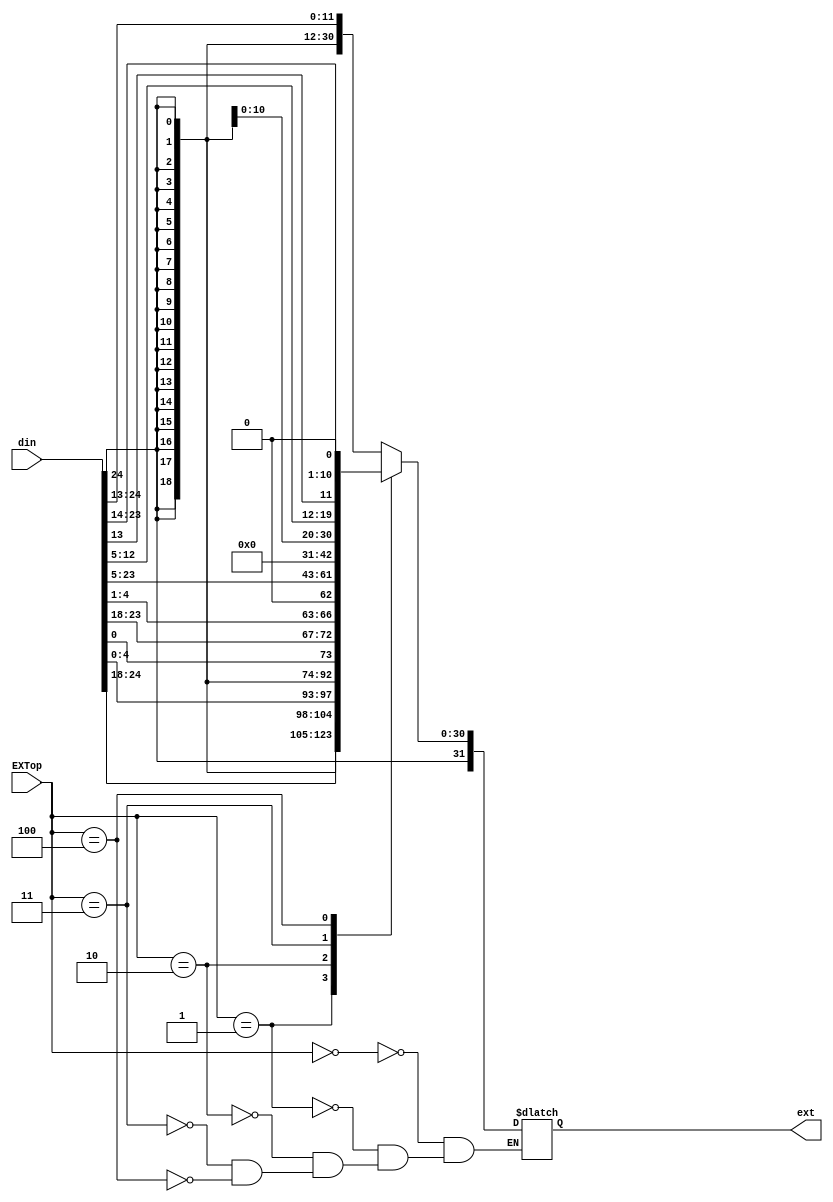
module SEXT (
    input wire [31:7]din,
    input wire [2:0]EXTop,
    output reg [31:0]ext
);
    reg signed [31:0]imm;
    // assign ext=imm;
    //change din to exact imm
    always @(*) begin
        case(EXTop)
            3'b000:begin
                imm={din[31:20],20'b0};
                ext=imm>>>5'd20;
            end
            3'b001:begin
                imm={din[31:25],din[11:7],20'b0};
                ext=imm>>>5'd20;
            end
            3'b010:begin
                imm={din[31],din[7],din[30:25],din[11:8],20'b0};
                ext=imm>>>5'd19;
            end
            3'b011:begin
                ext={din[31:12],12'b0};
            end
            3'b100:begin
                imm={din[31],din[19:12],din[20],din[30:21],12'b0};
                ext=imm>>>5'd11;
            end
        endcase
    end
endmodule